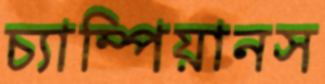
চ্যাম্পিয়ানস